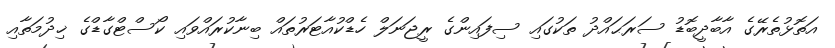
އަތޮޅުތެރޭގެ އާބާދީބޮޑު ސަރަޙައްދު ތަކުގައި ސިފައިންގެ ރީޖަނަލް ހެޑްކުއާޓަރުތައް ބިނާކުރައްވައި ކޯސްޓްގާޑްގެ ޚިދުމަތާއި